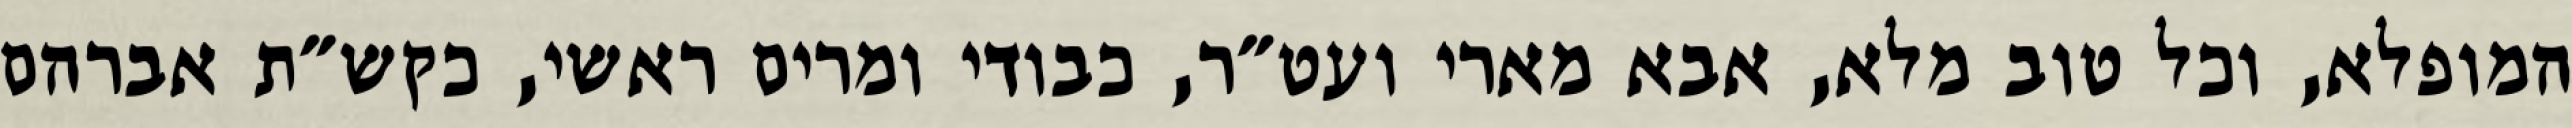
המופלא, וכל טוב מלא, אבא מארי ועט״ר, כבודי ומרים ראשי, כקש״ת אברהם